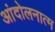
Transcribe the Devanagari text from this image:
आंदोलनात्म